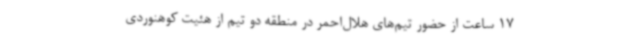
17 ساعت از حضور تیم‌های هلال‌احمر در منطقه دو تیم از هئیت کوهنوردی